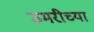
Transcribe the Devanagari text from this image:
उमरीच्या